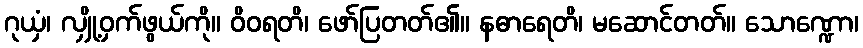
ဂုယှံ၊ လျှို့ဝှက်ဖွယ်ကို။ ဝိဝရတိ၊ ဖော်ပြတတ်၏။ နဓာရေတိ၊ မဆောင်တတ်။ သောဏ္ဍော၊